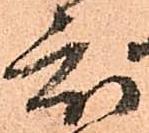
度